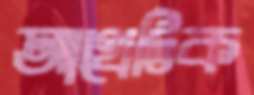
আখেটিক